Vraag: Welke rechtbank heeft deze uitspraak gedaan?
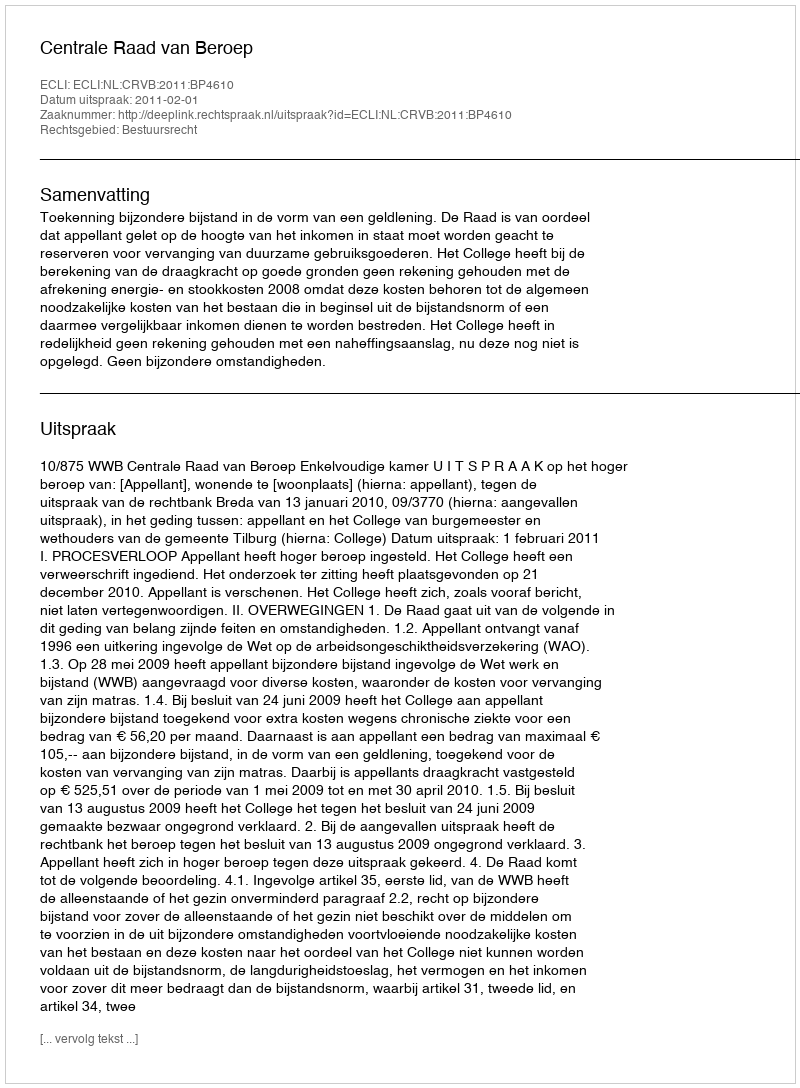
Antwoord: Centrale Raad van Beroep